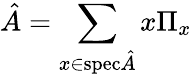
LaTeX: \hat{A}=\sum_{x\in\mathrm{spec}{\hat{A}}}x\Pi_{x}